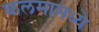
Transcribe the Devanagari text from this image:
कलमामध्ये